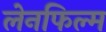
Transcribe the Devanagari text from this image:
लेनफिल्म